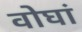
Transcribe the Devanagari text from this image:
वोघां